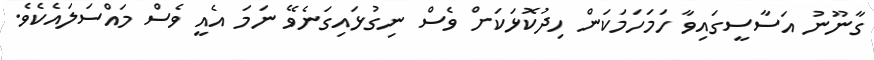
ގާނޫނު އަސާސީގައިވާ ހަމަހަމަކަން ހިދުކޮޅަކަށް ވެސް ނިގުޅައިގަނެވޭ ނަމަ އެއީ ވެސް މައްސަލައެކެވެ.